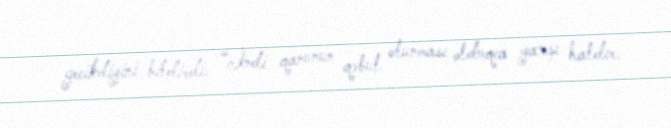
gecikdiyini bildirdi: “İndi qanunun qəbul olunması olduqca yaxşı haldır.